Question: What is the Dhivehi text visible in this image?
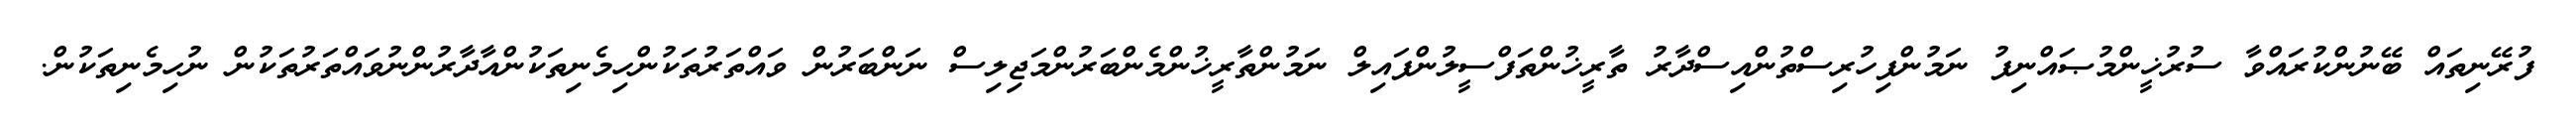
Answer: ފުރޭނިތައް ބޭނުންކުރައްވާ ސުރުޚީންމުޞައްނިފު ނަމުންފިހުރިސްތުންއިސްދާރު ތާރީޚުންތަފްސީލުންފައިލް ނަމުންތާރީޚުންމެންބަރުންމަޖިލިސް ނަންބަރުން ވައްތަރުތަކުންހިމެނިތަކުންއާދާރުންނުވައްތަރުތަކުން ނުހިމެނިތަކުން.